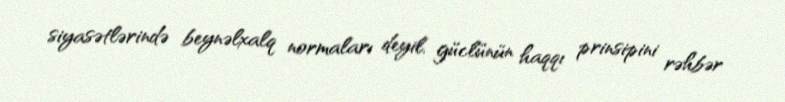
siyasətlərində beynəlxalq normaları deyil, güclünün haqqı prinsipini rəhbər